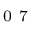
_ \mathrm { ~ 0 ~ 7 ~ }